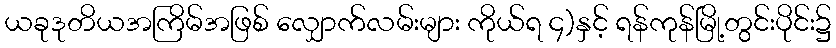
ယခုဒုတိယအကြိမ်အဖြစ် လျှောက်လမ်းများ ကိုယ်ရ ၄)နှင့် ရန်ကုန်မြို့တွင်းပိုင်း၌